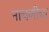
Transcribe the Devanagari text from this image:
नाचणीचा